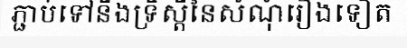
ភ្ជាប់ទៅនឹងទ្រឹស្តីនៃសំណុំរឿងទៀត